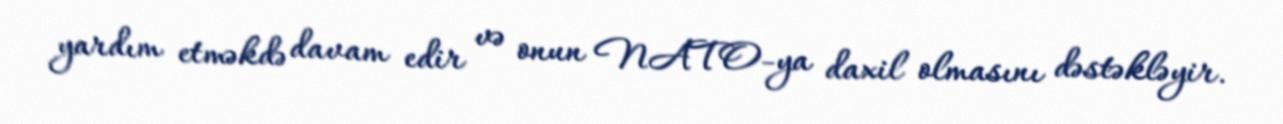
yardım etməkdə davam edir və onun NATO-ya daxil olmasını dəstəkləyir.